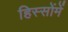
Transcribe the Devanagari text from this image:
हिस्सोंमें